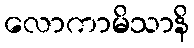
လောကာမိသာနိ